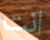
انت